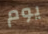
يوم